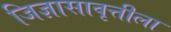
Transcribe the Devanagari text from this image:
जिज्ञासावृत्तीला